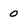
Character: 0